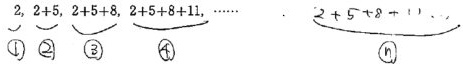
\[
\begin{align*}
&2,2 + 5,2 + 5 + 8,2 + 5 + 8 + 11,\cdots,\underbrace{2 + 5+\cdots}_{n}
\end{align*}
\]
\[
\begin{matrix}
\textcircled{1}&\textcircled{2}&\textcircled{3}&\textcircled{4}
\end{matrix}
\]